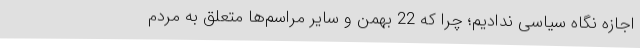
اجازه نگاه سیاسی ندادیم؛ چرا که 22 بهمن و سایر مراسم‌ها متعلق به مردم